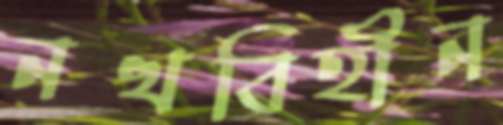
নখবিহীন